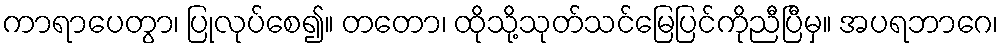
ကာရာပေတွာ၊ ပြုလုပ်စေ၍။ တတော၊ ထိုသို့သုတ်သင်မြေပြင်ကိုညီပြီမှ။ အပရဘာဂေ၊